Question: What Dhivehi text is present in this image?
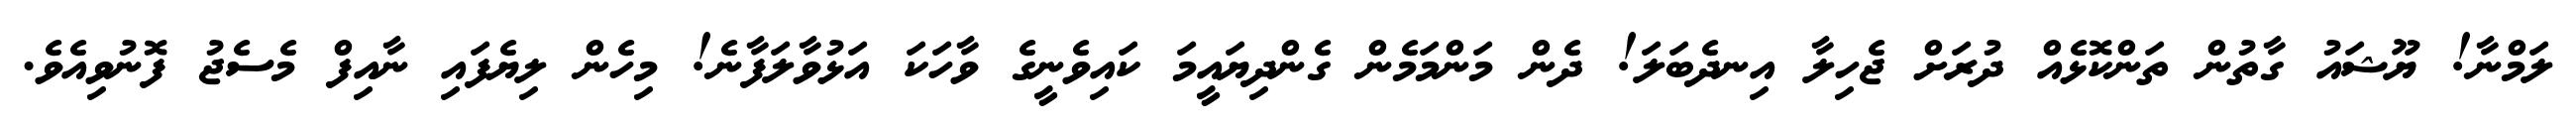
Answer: ލަމްނާ! ޔޫޝައު ގާތުން ތަންކޮޅެއް ދުރަށް ޖެހިލާ އިނދެބަލަ! ދެން މަންމަމެން ގެންދިޔައީމަ ކައިވެނީގެ ވާހަކަ އަޅުވާލަފާނެ! މިހެން ލިޔެފައި ނާއިފް މެސެޖު ފޮނުވިއެވެ.